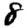
Digit: 8